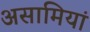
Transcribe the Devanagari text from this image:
असामियां